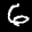
Label: 6